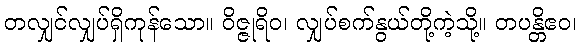
တလျှင်လျှပ်ရှိကုန်သော။ ဝိဇ္ဇုရိဝ၊ လျှပ်စက်နွယ်တို့ကဲ့သို့။ တပန္တိဧဝ၊